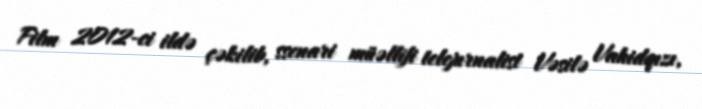
Film 2012-ci ildə çəkilib, ssenari müəllifi telejurnalist Vəsilə Vahidqızı,